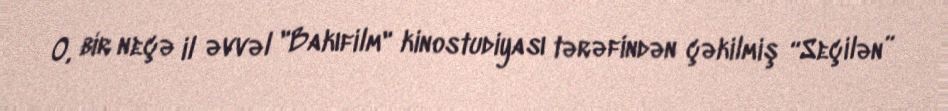
O, bir neçə il əvvəl "Bakıfilm" kinostudiyası tərəfindən çəkilmiş “Seçilən”